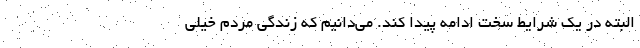
البته در یک شرایط سخت ادامه پیدا کند. می‌دانیم که زندگی مردم خیلی